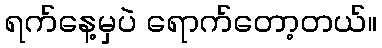
ရက်နေ့မှပဲ ရောက်တော့တယ်။